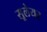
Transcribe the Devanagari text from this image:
सूलेयर